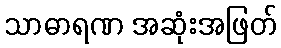
သာဓာရဏ အဆုံးအဖြတ်